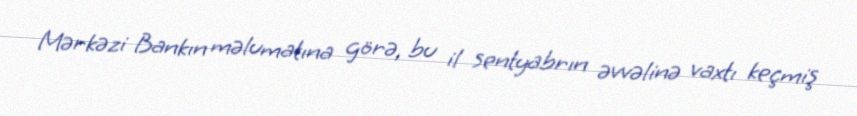
Mərkəzi Bankın məlumatına görə, bu il sentyabrın əvvəlinə vaxtı keçmiş